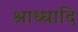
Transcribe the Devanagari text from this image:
श्राध्धादि